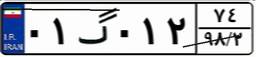
۰۱گ۰۱۲۷۴